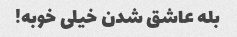
بله عاشق شدن خیلی خوبه!